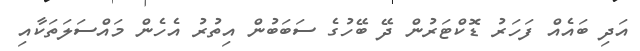
އަދި ބައެއް ފަހަރު ޑޮކްޓަރުން ދޭ ބޭހުގެ ސަބަބުން އިތުރު އެހެން މައްސަލަތަކާއި